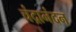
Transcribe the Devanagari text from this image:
चंद्रानंदन